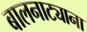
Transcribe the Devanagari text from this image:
बालनाट्याना